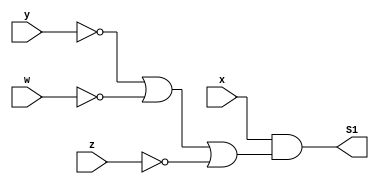
/**
 * @file Guia_0606.v
 * @author 784778 - Wallace Freitas Oliveira (https://github.com/Olivwallace)
 * @brief Guia 06 Exercicio 06 - Arquitetura de Computadores I (PUC-Minas 1/2023)
 * @date 12-03-2023
 */

module Questao(output S1, input x, y, w, z);
    assign S1 = x & (~y|~w|~z);
endmodule

`timescale 1ps/1ps

module Guia_0606;
    reg x, y, w, z;
    wire s1;

    //Instanciamento
    Questao S (s1, x, y, w, z);

    //Inicializacao de Valores
    initial begin
        x = 1'b0; y = 1'b0; w = 1'b0; z = 1'b0;
    end

    //Principal
    initial begin : main
        
        
        $display("Teste Guia_0606 - Tabela Verdade De Expressao  Obtida - Mapa Veitch-Karnaugh");
        
        //Questao E;
        $display("\nExpressao(MAXTERMO): P(M)( 0, 1, 2, 3, 4, 5, 6, 7, 15 ) = x (y'+w'+z')\n");
        
        //Monitoramento
        $display("|  x  y  w  z |  S  |");
        $monitor("| %2b %2b %2b %2b | %2b  |", x, y, w, z, s1);

        //Sinalizacao
        #1 x=0; y=0; w=0; z=0; //0
        #1 x=0; y=0; w=0; z=1; //1
        #1 x=0; y=0; w=1; z=0; //2
        #1 x=0; y=0; w=1; z=1; //3
        #1 x=0; y=1; w=0; z=0; //4
        #1 x=0; y=1; w=0; z=1; //5
        #1 x=0; y=1; w=1; z=0; //6
        #1 x=0; y=1; w=1; z=1; //7
        #1 x=1; y=0; w=0; z=0; //8
        #1 x=1; y=0; w=0; z=1; //9
        #1 x=1; y=0; w=1; z=0; //A
        #1 x=1; y=0; w=1; z=1; //B
        #1 x=1; y=1; w=0; z=0; //C
        #1 x=1; y=1; w=0; z=1; //D
        #1 x=1; y=1; w=1; z=0; //E
        #1 x=1; y=1; w=1; z=1; //F
    end

endmodule